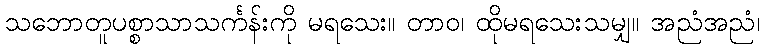
သဘောတူပစ္စာသာသင်္ကန်းကို မရသေး။ တာဝ၊ ထိုမရသေးသမျှ။ အညံအညံ၊